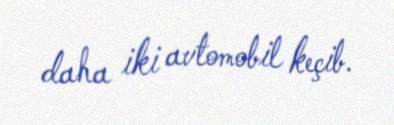
daha iki avtomobil keçib.